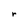
Character: r